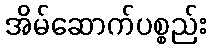
အိမ်ဆောက်ပစ္စည်း